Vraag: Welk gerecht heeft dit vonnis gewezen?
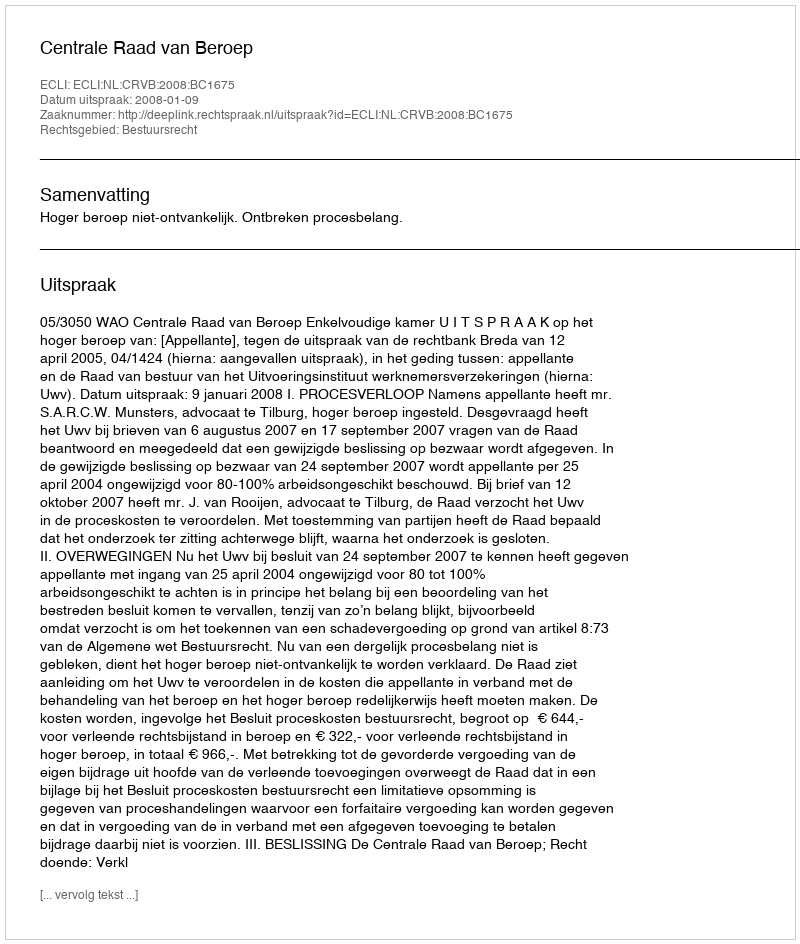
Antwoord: Centrale Raad van Beroep